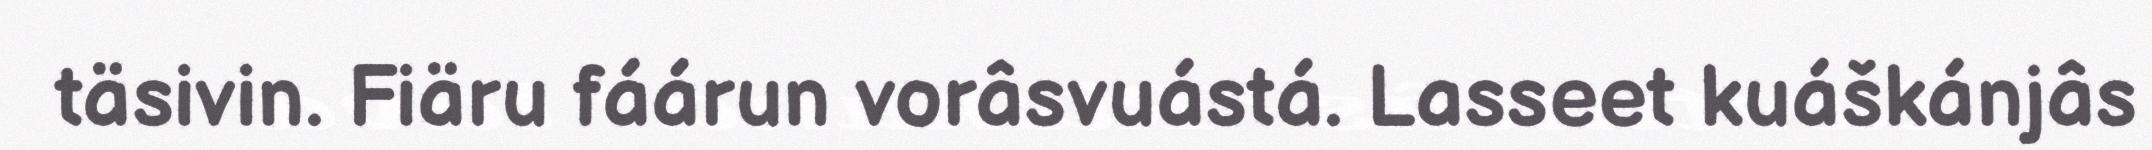
täsivin. Fiäru fáárun vorâsvuástá. Lasseet kuáškánjâs